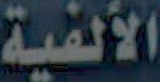
الألفية